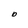
Character: O